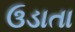
ઉડાતા